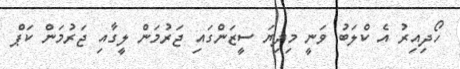
ހޯދިއިރު އެ ކްލަބު ވަނީ މިދިޔަ ސީޒަންގައި ޖަރުމަން ލީގާއި ޖަރުމަން ކަޕް